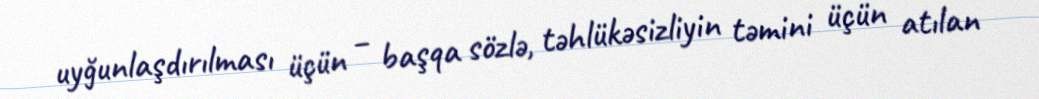
uyğunlaşdırılması üçün – başqa sözlə, təhlükəsizliyin təmini üçün atılan